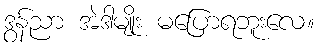
ဒွန်ညာ အဲဒါမျိုး မပြောရဘူးလေ။